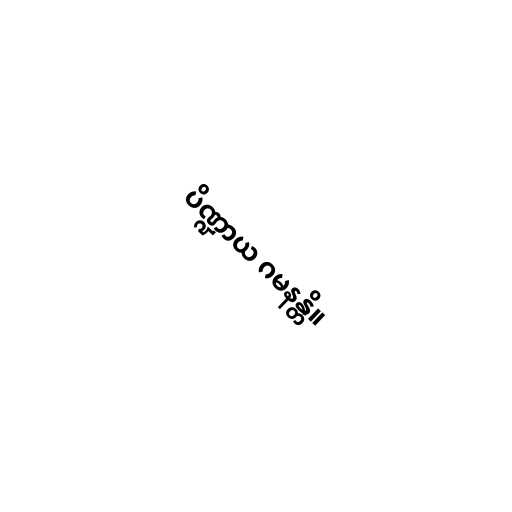
ပိဏ္ဍာယ ဂမနန္တိ။